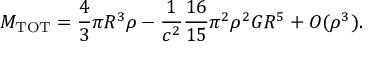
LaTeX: M _ { \mathrm { T O T } } = \frac { 4 } { 3 } \pi R ^ { 3 } \rho - \frac { 1 } { c ^ { 2 } } \frac { 1 6 } { 1 5 } \pi ^ { 2 } \rho ^ { 2 } G R ^ { 5 } + O ( \rho ^ { 3 } ) .